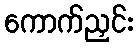
ကောက်ညှင်း